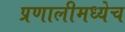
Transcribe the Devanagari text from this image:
प्रणालीमध्येच